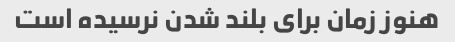
هنوز زمان برای بلند شدن نرسیده است